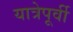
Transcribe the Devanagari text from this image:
यात्रेपूर्वी